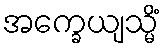
အက္ခေယျသ္မိံ